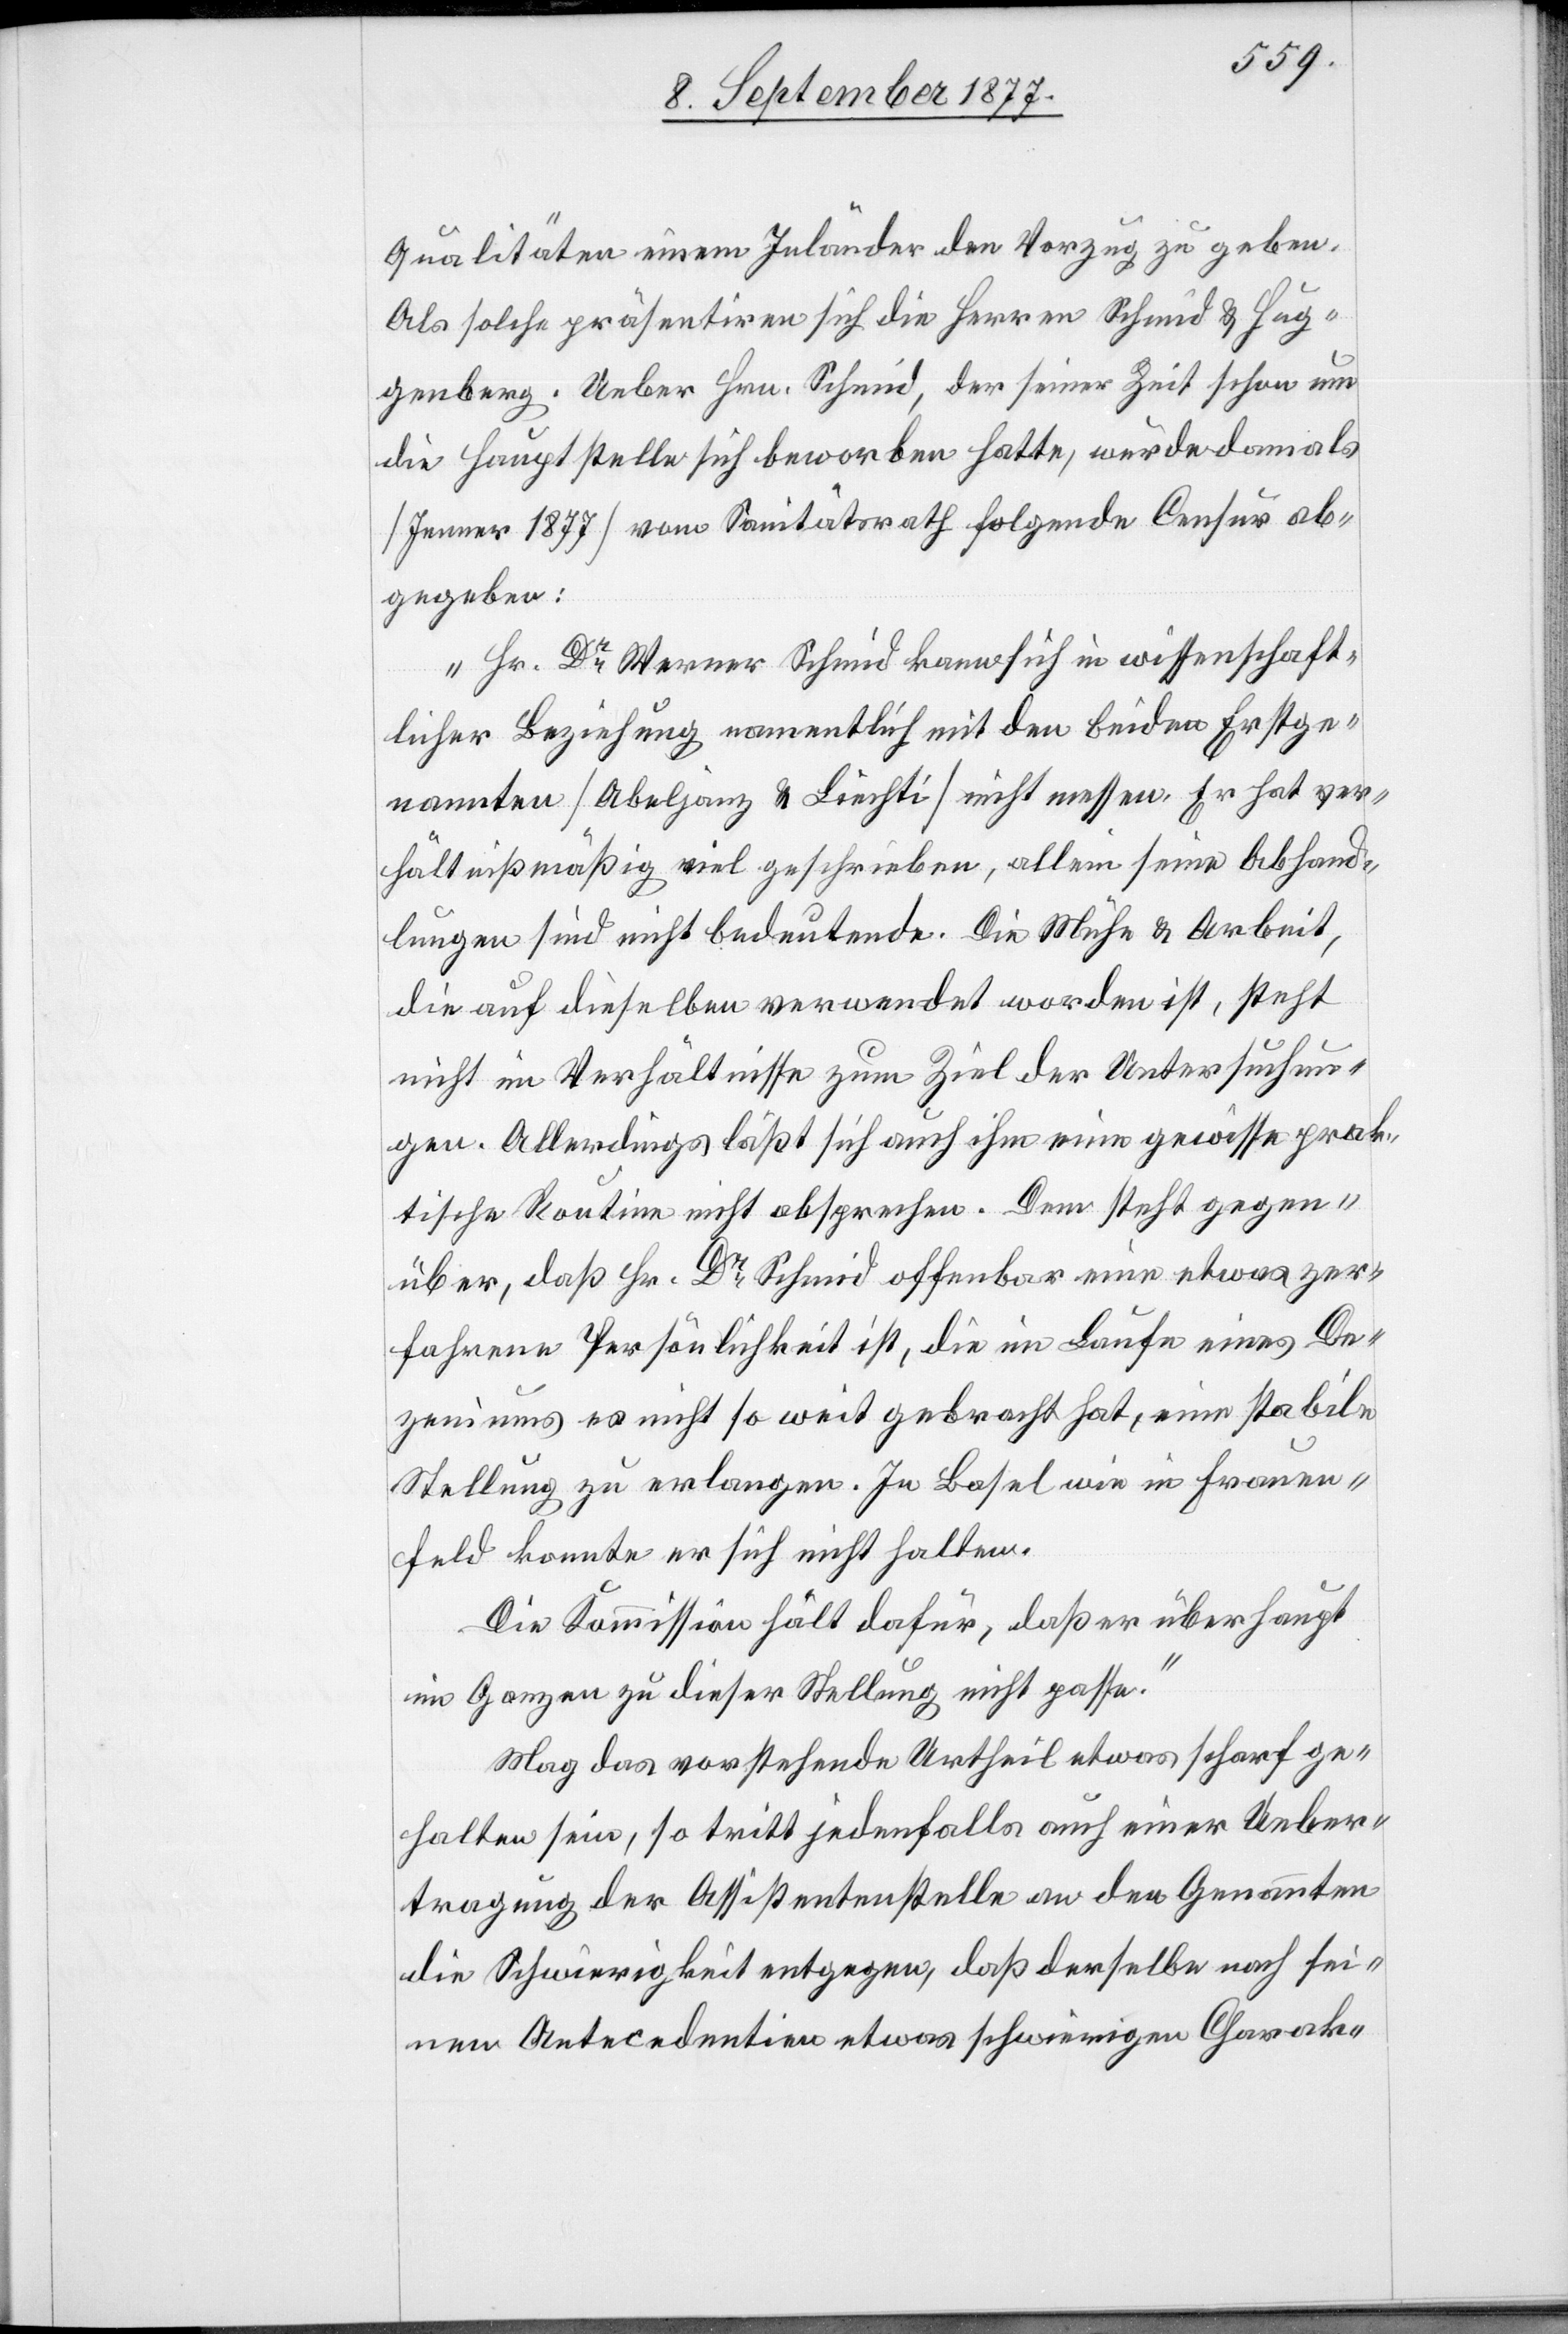
Qualitäten einem Inländer den Vorzug zu geben.
Als solche präsentiren sich die Herren Schmid & Hug¬
genberg. Ueber Hrn. Schmid, der seiner Zeit schon um
die Hauptstelle sich beworben hatte, wurde damals
[Jenner 1877] vom Sanitätsrath folgende Censur ab¬
gegeben:
„Hr. Dr Werner Schmid kann sich in wissenschaft¬
licher Beziehung namentlich mit den beiden Erstge¬
nannten [Abeljanz & Liechti] nicht messen. Er hat ver¬
hältnißmäßig viel geschrieben, allein seine Abhand¬
lungen sind nicht bedeutende. Die Mühe & Arbeit,
die auf dieselben verwendet worden ist, steht
nicht im Verhältnisse zum Ziel der Untersuchun¬
gen. Allerdings läßt sich auch ihm eine gewisse prak¬
tische Routine nicht absprechen. Dem steht gegen¬
über, daß Hr. Dr Schmid offenbar eine etwas zer¬
fahrene Persönlichkeit ist, die im Laufe eines De¬
zeniums es nicht so weit gebracht hat, eine stabile
Stellung zu erlangen. In Basel wie in Frauen¬
feld konnte er sich nicht halten.
Die Kommission hält dafür, daß er überhaupt
im Ganzen zu dieser Stellung nicht passe.“
Mag das vorstehende Urtheil etwas scharf ge¬
halten sein, so tritt jedenfalls auch einer Ueber¬
tragung der Assistentenstelle an den Genannten
die Schwierigkeit entgegen, daß derselbe nach sei¬
nen Antecedentien etwas schwierigen Charak-